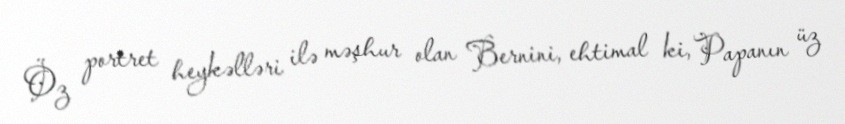
Öz portret heykəlləri ilə məşhur olan Bernini, ehtimal ki, Papanın üz